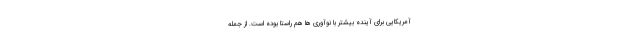
آمریکایی برای آینده بیشتر با نوآوری ها هم راستا بوده است. از جمله